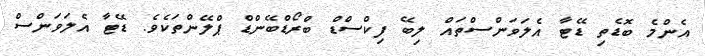
އެންމެ ބޮޑެތި ޑޭޓާ އެލަވަންސްތައް ލިބޭ ފިކްސްޑް ބްރޯޑްބޭންޑް ޕްލޭންތަކެވެ. ޑޭޓާ އެލަވަންސް